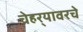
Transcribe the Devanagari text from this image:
चेहर्‍यावरचे